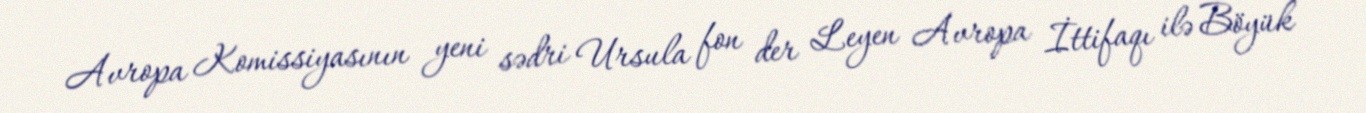
Avropa Komissiyasının yeni sədri Ursula fon der Leyen Avropa İttifaqı ilə Böyük